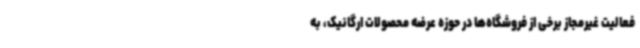
فعالیت غیرمجاز برخی از فروشگاه‌ها در حوزه عرضه محصولات ارگانیک، به